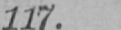
117.